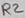
Text: R2